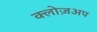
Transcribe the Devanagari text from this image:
क्लोज़अप